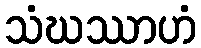
သံဃဿာဟံ